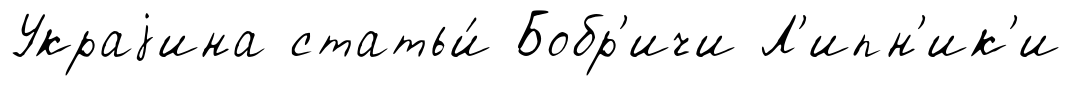
Украjина статьи́ Бобр'ичи Л'ипн'ик'и